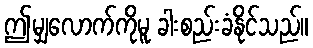
ဤမျှလောက်ကိုမူ ခါးစည်းခံနိုင်သည်။